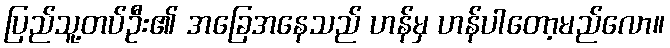
ပြည်သူ့တပ်ဦး၏ အခြေအနေသည် ဟန်မှ ဟန်ပါတော့မည်လော။